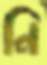
নি